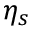
\eta _ { s }